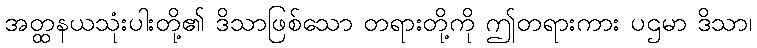
အတ္ထနယသုံးပါးတို့၏ ဒိသာဖြစ်သော တရားတို့ကို ဤတရားကား ပဌမာ ဒိသာ၊